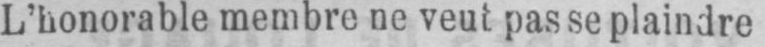
L’honorable membre ne veut pas se plaindre